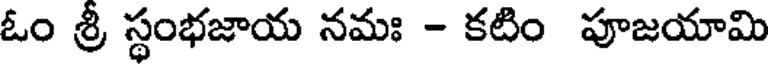
ఓం శ్రీ స్థంభజాయ నమః - కటిం పూజయామి